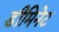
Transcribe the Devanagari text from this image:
डीमिनेट